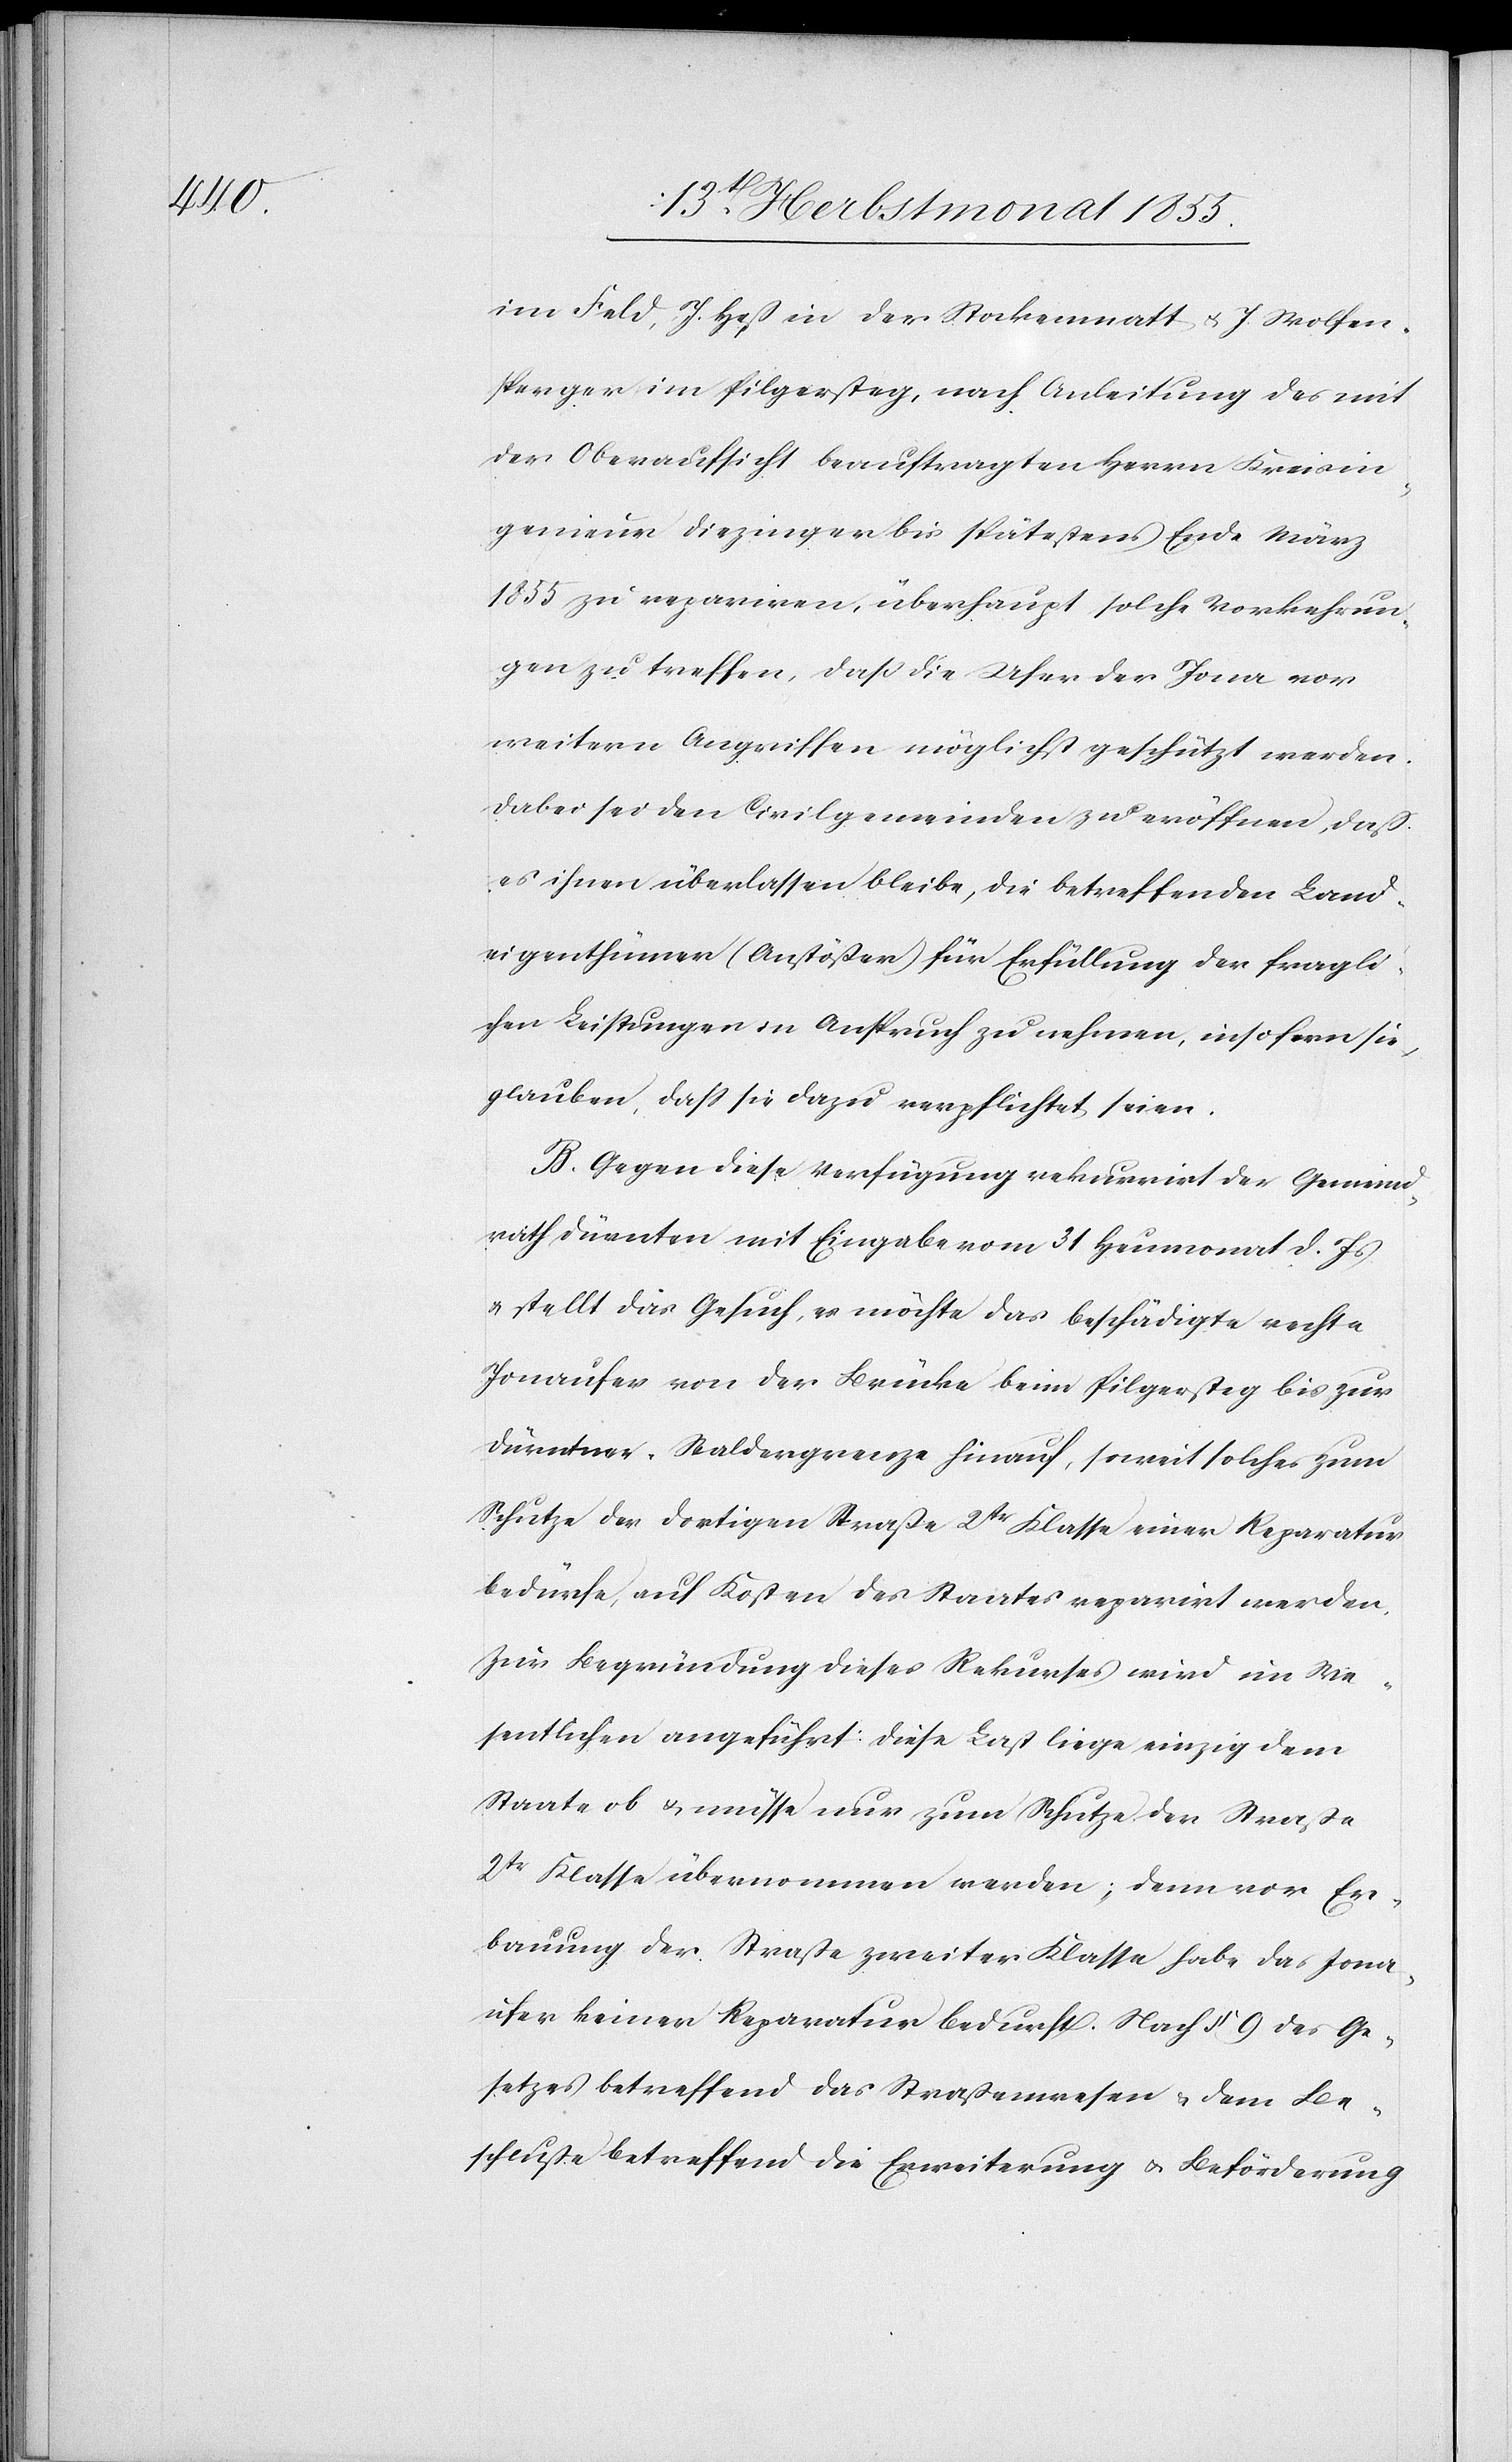
im Feld, J. Heß in der Stockenmatt & J. Wolfen¬
sperger im Pilgersteg, nach Anleitung des mit
der Oberaufsicht beauftragten Herrn Kreisin¬
genieur Diezinger bis spätestens Ende März
1855 zu repariren, überhaupt solche Vorkehrun¬
gen zu treffen, daß die Ufer der Jona vor
weitern Angriffen möglichst geschützt werden.
Dabei sei den Civilgemeinden zu eröffnen, daß
es ihnen überlassen bleibe, die betreffenden Land¬
eigenthümer (Anstößer) für Erfüllung der fragli¬
chen Leistungen in Anspruch zu nehmen, insofern sie
glauben, dass sie dazu verpflichtet seien.
B. Gegen diese Verfügung rekurrirt der Gemeind¬
rath Dürnten mit Eingabe vom 31 Heumonat d. Js
& stellt das Gesuch, es möchte das beschädigte rechte
Jonaufer von der Brücke beim Pilgersteg bis zur
Dürntner-Waldergrenze hinauf, soweit solches zum
Schutze der dortigen Straße 2tr Klasse einer Reparatur
bedürfe, auf Kosten des Staates reparirt werden.
Zur Begründung dieses Rekurses wird im We¬
sentlichen angeführt: Diese Last liege einzig dem
Staate ob & müsse nur zum Schutze der Straße
2tr Klasse übernommen werden; denn vor Er¬
bauung der Straße zweiter Klasse habe das Jona¬
ufer keiner Reparatur bedurft. Nach § 9 des Ge¬
setzes betreffend das Straßenwesen & dem Be¬
schluße betreffend die Erweiterung & Beförderung